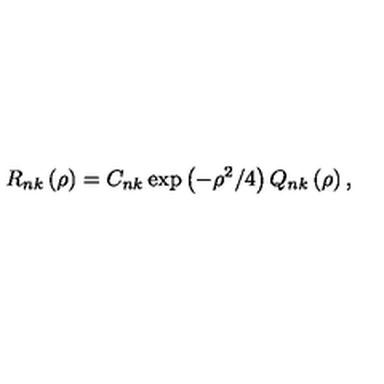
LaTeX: R _ { n k } \left( \rho \right) = C _ { n k } \exp \left( - \rho ^ { 2 } / 4 \right) Q _ { n k } \left( \rho \right) ,